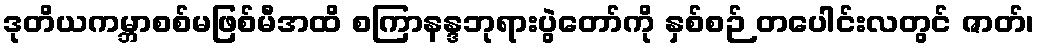
ဒုတိယကမ္ဘာစစ်မဖြစ်မီအထိ စကြာနန္ဒဘုရားပွဲတော်ကို နှစ်စဉ် တပေါင်းလတွင် ဇာတ်၊